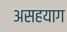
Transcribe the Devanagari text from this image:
असहयाग